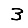
Digit: 3